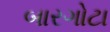
બારગોટા